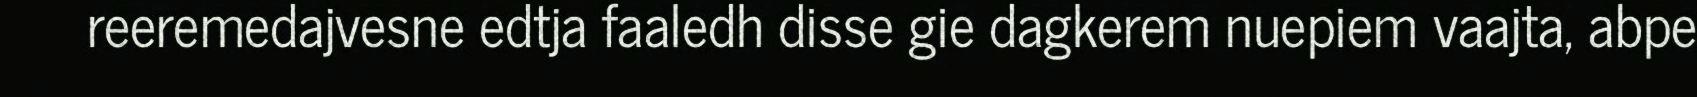
reeremedajvesne edtja faaledh disse gie dagkerem nuepiem vaajta, abpe